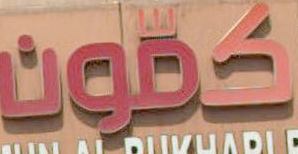
كقون